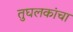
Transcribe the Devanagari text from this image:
तुघलकांचा